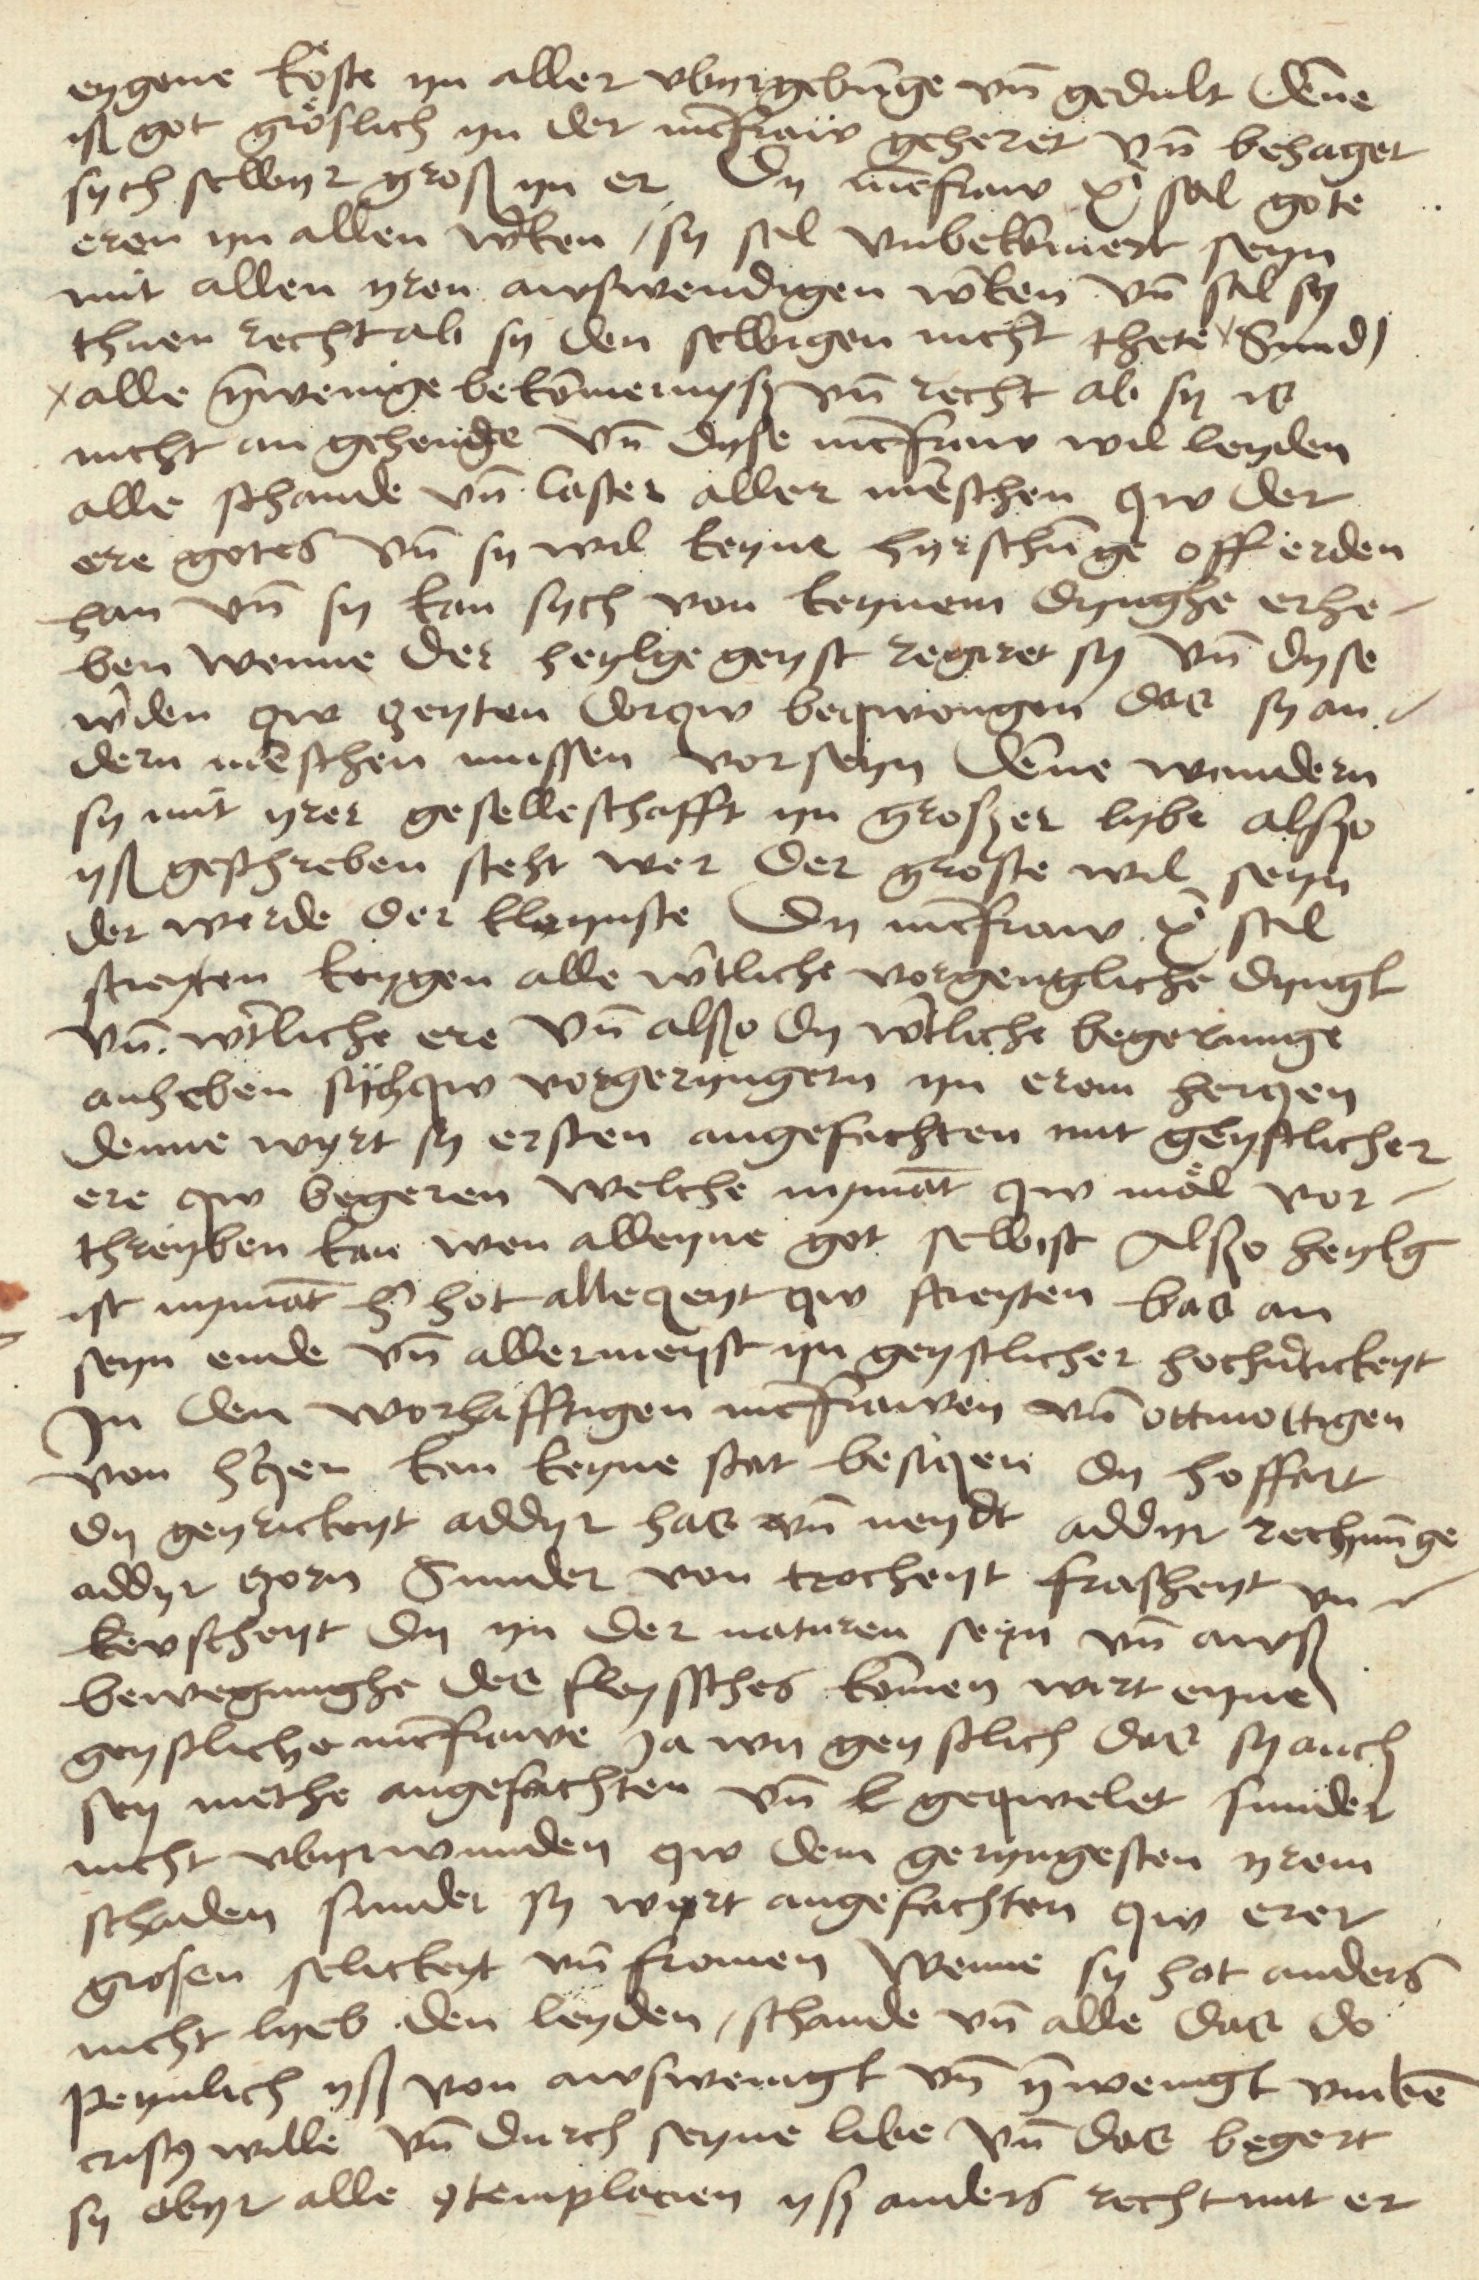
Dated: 1480–1499